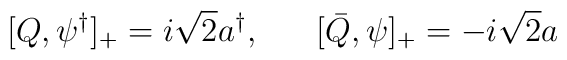
[Q,\psi^{\dagger}]_{+} = i{ \sqrt 2}a^{\dagger}, \;\;\;\;\;\; [\bar{Q},\psi]_{+} = -i{ \sqrt 2}a